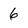
Character: 6